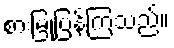
စားမြုံ့ပြန်ကြသည်။